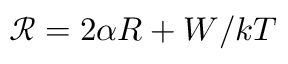
\textstyle { \mathcal { R } } = 2 \alpha R + W / k T